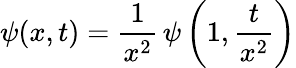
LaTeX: \psi(x,t)={\frac{1}{x^{2}}}\, \psi\left(1,{\frac{t}{x^{2}}}\right)